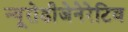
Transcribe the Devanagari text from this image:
न्यूरोडीजेनेरेटिव